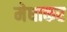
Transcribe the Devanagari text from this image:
मेधाकर